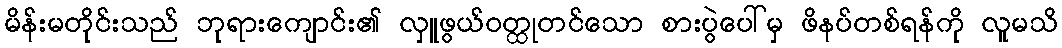
မိန်းမတိုင်းသည် ဘုရားကျောင်း၏ လှူဖွယ်ဝတ္ထုတင်သော စားပွဲပေါ်မှ ဖိနပ်တစ်ရန်ကို လူမသိ